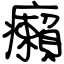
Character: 癩